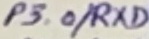
Text: P3.0/RXD